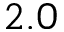
2 . 0